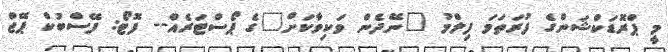
މީ ޕްރޮޑަކްޝަންގެ ފުރަތަމަ ފިލްމު "ނޭދެން ވަކިވާކަށް"ގެ ޕޯސްޓަރެއް-- ފޮޓޯ: ފޭސްބުކް ޕޭޖް